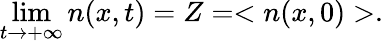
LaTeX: \operatorname*{lim}_{t\rightarrow+\infty}n(x,t)=Z=<n(x,0)>.